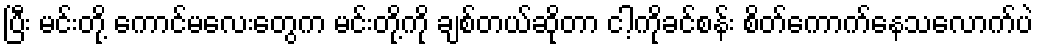
ပြီး မင်းတို့ ကောင်မလေးတွေက မင်းတို့ကို ချစ်တယ်ဆိုတာ ငါ့ကိုခင်စန်း စိတ်ကောက်နေသလောက်ပဲ